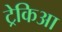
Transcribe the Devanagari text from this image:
ट्रेकिआ